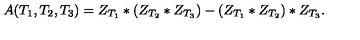
A ( T _ { 1 } , T _ { 2 } , T _ { 3 } ) = Z _ { T _ { 1 } } * ( Z _ { T _ { 2 } } * Z _ { T _ { 3 } } ) - ( Z _ { T _ { 1 } } * Z _ { T _ { 2 } } ) * Z _ { T _ { 3 } } .